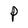
Character: P